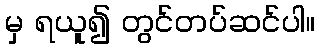
မှ ရယူ၍ တွင်တပ်ဆင်ပါ။